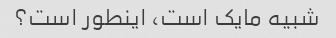
شبیه مایک است، اینطور است؟